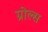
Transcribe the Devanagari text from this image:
ग्रोल्स